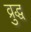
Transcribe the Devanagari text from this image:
व्रुद्ध